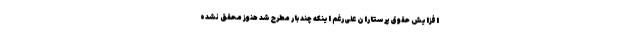
افزایش حقوق پرستاران علی‌رغم اینکه چند بار مطرح شد هنوز محقق نشده